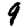
Digit: 9